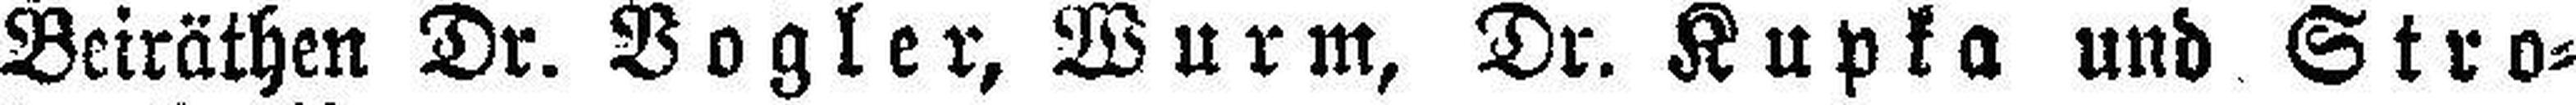
Beiräthen Dr. Vogler, Wurm, Dr. Kupka und Stro¬